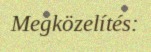
Megközelítés: